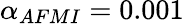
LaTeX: {\alpha}_{AFMI}=0.001